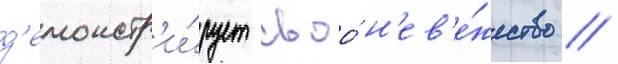
д'емонстр'и́рует своо́ н'ев'е́жество //